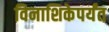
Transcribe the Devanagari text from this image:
विनाशिकेपर्यंत